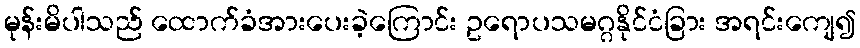
မုန်းမိပါသည် ထောက်ခံအားပေးခဲ့ကြောင်း ဥရောပသမဂ္ဂနိုင်ငံခြား အရင်းကျေ၍